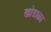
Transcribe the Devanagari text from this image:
खोडाळा